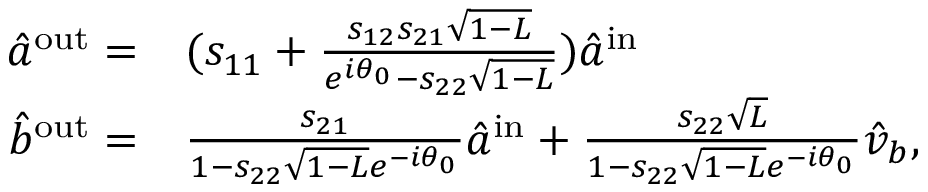
\begin{array} { r l } { \hat { a } ^ { \mathrm { { o u t } } } = } & { { } ( s _ { 1 1 } + \frac { s _ { 1 2 } s _ { 2 1 } \sqrt { 1 - L } } { e ^ { i \theta _ { 0 } } - s _ { 2 2 } \sqrt { 1 - L } } ) \hat { a } ^ { \mathrm { { i n } } } } \\ { \hat { b } ^ { \mathrm { { o u t } } } = } & { { } \frac { s _ { 2 1 } } { 1 - s _ { 2 2 } \sqrt { 1 - L } e ^ { - i \theta _ { 0 } } } \hat { a } ^ { \mathrm { { i n } } } + \frac { s _ { 2 2 } \sqrt { L } } { 1 - s _ { 2 2 } \sqrt { 1 - L } e ^ { - i \theta _ { 0 } } } \hat { v } _ { b } , } \end{array}